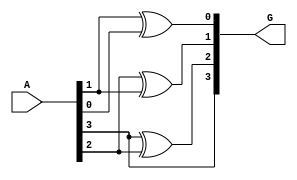
				//Decimal to Gray code convertor in gate level modelling. 8038


module Decimal2Gray (				//This starts a module named Decimal2Gray  8038
	output [3:0] G, 			//with Output as G a 4 bit number (MSB G3) 8038
	input  [3:0] A 				//and Input as A a 4 bit number (MSB A3)   8038
	);
xor 	gate1(G[2],A[3],A[2]),			//gate1 , a xor gate , Input ->A[3] and A[2], Output G[2] 8038 	
	gate2(G[1],A[2],A[1]),			//gate2 , a xor gate , Input ->A[3] and A[2], Output G[2] 8038 
	gate3(G[0],A[1],A[0]);			//gate3 , a xor gate , Input ->A[3] and A[2], Output G[2] 8038 
buf 	gate4(G[3],A[3]);			//gate4 , a buffer   , Input ->A[3] and Output G[3] 8038 

endmodule 					//end of module Decimal2Gray    8038